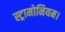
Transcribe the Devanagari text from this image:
स्ट्रामोनियम।